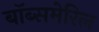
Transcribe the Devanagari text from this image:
बॉब्समेरिल